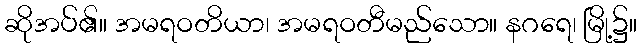
ဆိုအပ်၏။ အမရဝတိယာ၊ အမရဝတီမည်သော။ နဂရေ၊ မြို့၌။